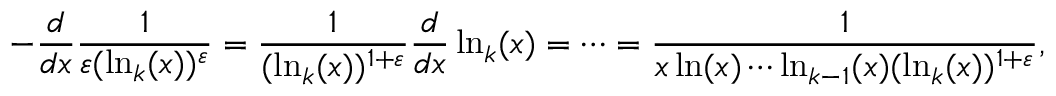
- { \frac { d } { d x } } { \frac { 1 } { \varepsilon ( \ln _ { k } ( x ) ) ^ { \varepsilon } } } = { \frac { 1 } { ( \ln _ { k } ( x ) ) ^ { 1 + \varepsilon } } } { \frac { d } { d x } } \ln _ { k } ( x ) = \cdots = { \frac { 1 } { x \ln ( x ) \cdots \ln _ { k - 1 } ( x ) ( \ln _ { k } ( x ) ) ^ { 1 + \varepsilon } } } ,